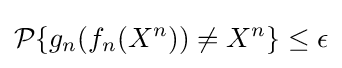
{\mathcal {P}}\{g_{n}(f_{n}(X^{n}))\neq X^{n}\}\leq \epsilon